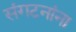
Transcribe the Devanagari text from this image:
संगटनांना